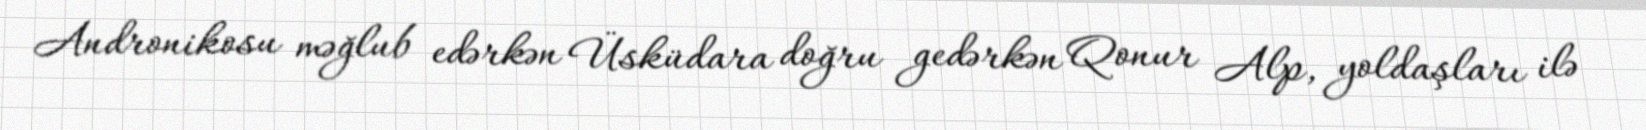
Andronikosu məğlub edərkən Üsküdara doğru gedərkən Qonur Alp, yoldaşları ilə